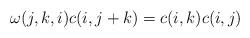
LaTeX: \begin{align*} \omega(j,k,i)c(i, j+k)=c(i,k) c(i,j)\end{align*}